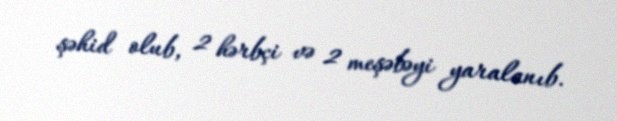
şəhid olub, 2 hərbçi və 2 meşəbəyi yaralanıb.